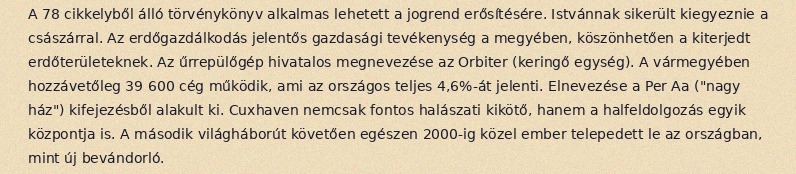
A 78 cikkelyből álló törvénykönyv alkalmas lehetett a jogrend erősítésére. Istvánnak sikerült kiegyeznie a császárral. Az erdőgazdálkodás jelentős gazdasági tevékenység a megyében, köszönhetően a kiterjedt erdőterületeknek. Az űrrepülőgép hivatalos megnevezése az Orbiter (keringő egység). A vármegyében hozzávetőleg 39 600 cég működik, ami az országos teljes 4,6%-át jelenti. Elnevezése a Per Aa ("nagy ház") kifejezésből alakult ki. Cuxhaven nemcsak fontos halászati kikötő, hanem a halfeldolgozás egyik központja is. A második világháborút követően egészen 2000-ig közel ember telepedett le az országban, mint új bevándorló.